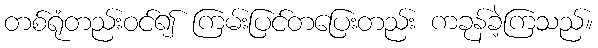
တစ်ရုံတည်းဝင်၍ ကြမ်းပြင်တပြေးတည်း ကခုန်ခဲ့ကြသည်။